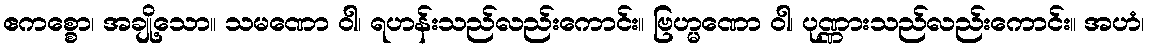
ဧကစ္စော၊ အချို့သော။ သမဏော ဝါ၊ ရဟန်းသည်လည်းကောင်း။ ဗြဟ္မဏော ဝါ၊ ပုဏ္ဏားသည်လည်းကောင်း။ အဟံ၊